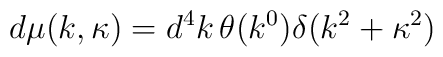
d\mu(k, \kappa) = d^{4}k\, \theta(k^{0}) \delta(k^{2} + \kappa^{2})